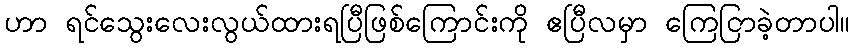
ဟာ ရင်သွေးလေးလွယ်ထားရပြီဖြစ်ကြောင်းကို ဧပြီလမှာ ကြေငြာခဲ့တာပါ။